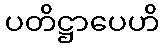
ပတိဋ္ဌာပေဟိ